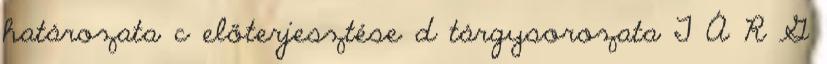
határozata c előterjesztése d tárgysorozata T Á R G